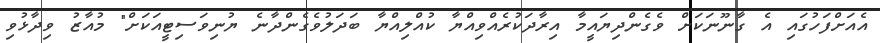
އެއަށްފަހުގައި އެ ގާނޫނަކަށް ވެގެންދިޔައީމާ އިރާދަކުރެއްވިއްޔާ ކުއްލިއްޔާ ބަދަލުވެގެންދާނެ ޔުނިވަސިޓީއަކަށް" މުއާޒު ވިދާޅުވި